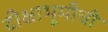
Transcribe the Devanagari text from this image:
दीक्षाभूमीची